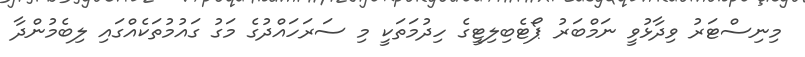
މިނިސްޓަރު ވިދާޅުވީ ނަމްބަރު ޕޯޓެބިލިޓީގެ ހިދުމަތަކީ މި ސަރަހައްދުގެ މަގު ގައުމުތަކެއްގައި ލިބެމުންދާ